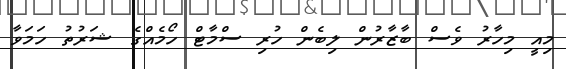
މިއީ މިހާރު ވެސް ބާޒާރުން ލިބެން ހުރި ސްމާޓް ހޯމެއްގެ ޝަރުތު ހަމަވާ